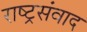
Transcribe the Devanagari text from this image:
राष्ट्रसंवाद